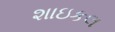
શાઇકલ